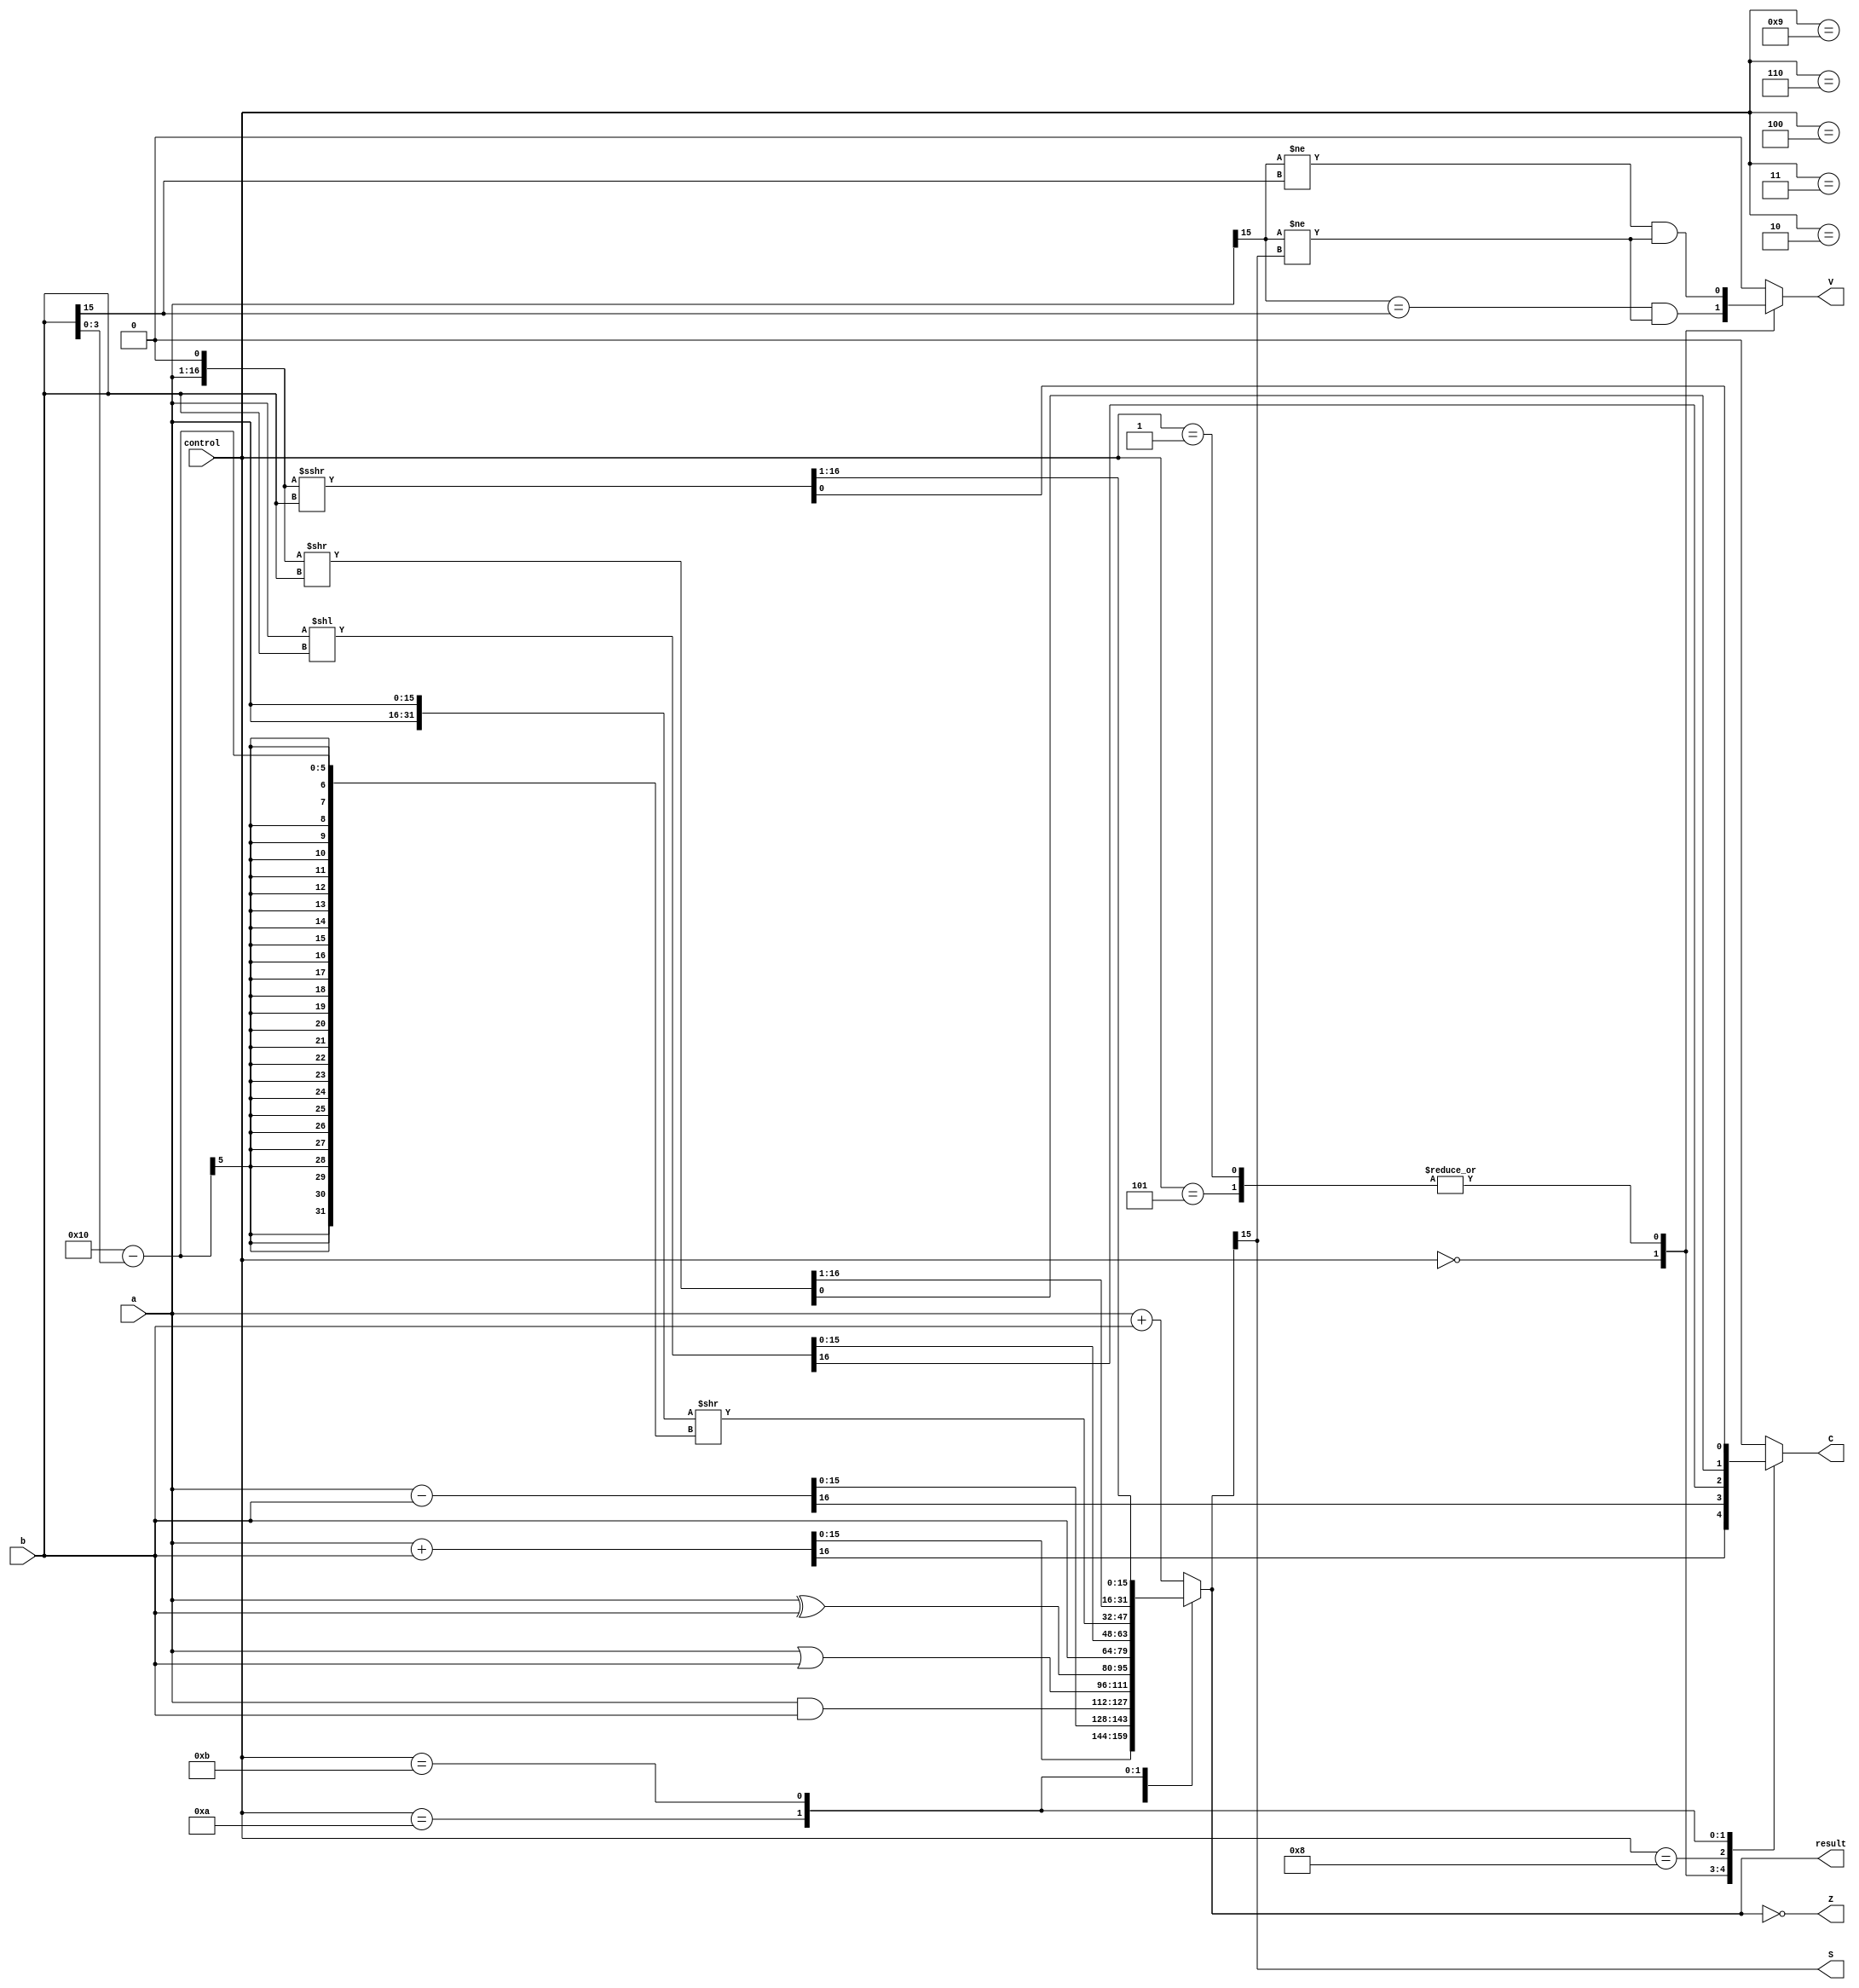
module ALU (input wire [15:0] a, b,
				input wire [3:0] control,
				output reg [15:0] result, 
				output reg S, Z, C, V);
			
	always@(*)	begin
		result <= 0;
		C <= 0;
		
		
			case (control)
				4'b0000:
					{ C, result } <= a + b;
				4'b0001, 4'b0101:
					{ C, result } <= a - b;
				4'b0010:
					result <= a & b;
				4'b0011:
					result <= a | b;
				4'b0100:
					result <= a ^ b;
				4'b0110:
					result <=  b;
				4'b1000:
					{ C, result } <= a << b;
				4'b1001:
					result <= { a, a } >> (16-b[3:0]);
				4'b1010:
					{ result, C } <= { a , 1'b0 } >> b;
				4'b1011:
					{ result, C } <= { a , 1'b0 } >>> b;
				4'b1100:
					result <= a + b;
				default:
					result <= a + b;
			endcase 
		end
		
	always@(*)	begin
		S <= result[15];
		Z = (result == 0);
		
		
			case (control)
				4'b0000:
					V <= (a[15] == b[15]) & (a[15] != result[15]);
				4'b0001, 4'b0101:
					V <= (a[15] != b[15]) & (a[15] != result[15]);
				default:
					V <= 0;
			endcase
		
	end
		
endmodule